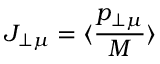
J _ { \perp \mu } = \langle \frac { p _ { \perp \mu } } { M } \rangle